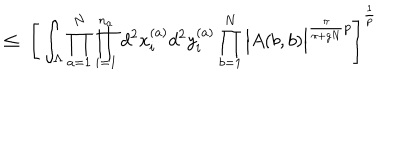
\leq \; \Bigg [ \int _ { \Lambda } \prod _ { a = 1 } ^ { N } \prod _ { i = 1 } ^ { n _ { a } } d ^ { 2 } x _ { i } ^ { ( a ) } d ^ { 2 } y _ { i } ^ { ( a ) } \prod _ { b = 1 } ^ { N } \Big | A ( b , b ) \Big | ^ { \frac { \pi } { \pi + g N } p } \Bigg ] ^ { \frac { 1 } { p } }